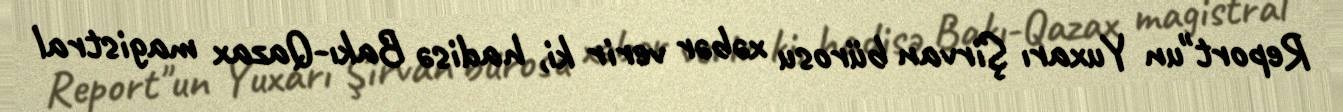
Report"un Yuxarı Şirvan bürosu xəbər verir ki, hadisə Bakı-Qazax magistral